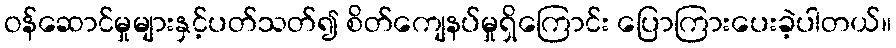
ဝန်ဆောင်မှုများနှင့်ပတ်သတ်၍ စိတ်ကျေနပ်မှုရှိကြောင်း ပြောကြားပေးခဲ့ပါတယ်။